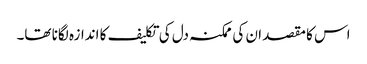
اس کا مقصد ان کی ممکنہ دل کی تکلیف کا اندازہ لگانا تھا۔